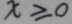
x \geqslant 0